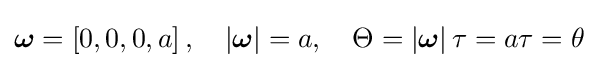
{\boldsymbol {\omega }}=\left[0,0,0,a\right],\quad \left|{\boldsymbol {\omega }}\right|=a,\quad \Theta =\left|{\boldsymbol {\omega }}\right|\tau =a\tau =\theta